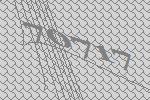
70717